Malaria in India - Number 2
Disease focus: Malaria
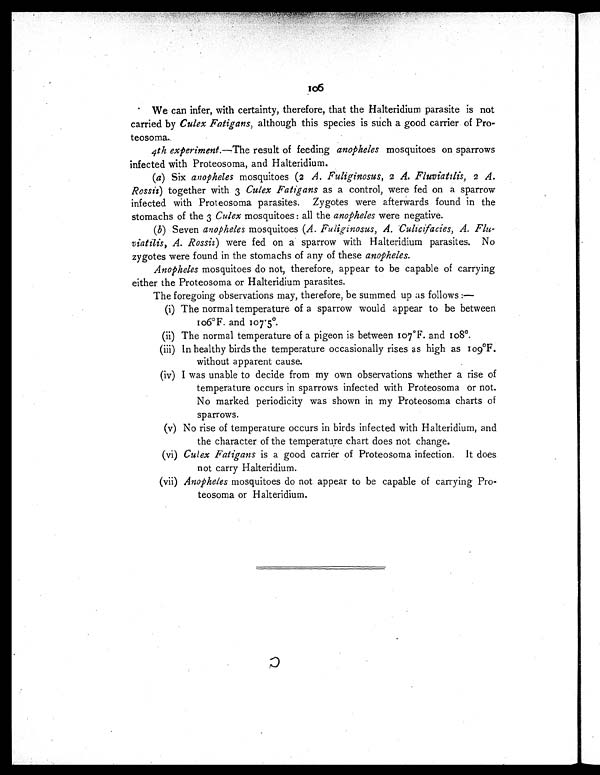
106
We can infer, with certainty, therefore, that the Halteridium parasite is not
carried by Culex Fatigans, although this species is such a good carrier of Pro
- t e o s o m a .
4th experiment.—The result of feeding anopheles mosquitoes on sparrows
infected with Proteosoma, and Halteridium.
(a) Six anopheles mosquitoes (2 A. Fuliginosus, 2 A. Fluviatilis, 2 A.
Rossiz) together with 3 Culex Fatigans as a control, were fed on a sparrow
infected with Proteosoma parasites. Zygotes were afterwards found in the
stomachs of the 3 Culex mosquitoes : all the anopheles were negative.
(b) Seven anopheles mosquitoes (A. Fuliginosus, A. Culicifacies, A. Flu
- v i a t i l i s , A . R o s s i i )
w e r e f e d o n a s p a r r o w w i t h H a l t e r i d i u m p a r a s i t e s . N o
zygotes were found in the stomachs of any of these anopheles.
Anopheles mosquitoes do not, therefore, appear to be capable of carrying
either the Proteosoma or Halteridium parasites.
The foregoing observations may, therefore, be summed up as follows :—
(i) The normal temperature of a sparrow would appear to be between
106ºF. and 107.5º.
(ii) The normal temperature of a pigeon is between 107ºF. and io8º.
(iii) In healthy birds the temperature occasionally rises as high as Io9ºF.
without apparent cause.
(iv) I was unable to decide from my own observations whether a rise of
temperature occurs in sparrows infected with Proteosoma or not.
No marked periodicity was shown in my Proteosoma charts of
sparrows.
(v) No rise of temperature occurs in birds infected with Halteridium, and
the character of the temperature chart does not change.
(vi) Culex Fatigans is a good carrier of Proteosoma infection. It does
not carry Halteridium.
(vii) Anopheles mosquitoes do not appear to be capable of carrying Pro
-teosoma or Halteridium.